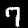
Digit: 7